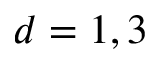
d = 1 , 3